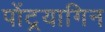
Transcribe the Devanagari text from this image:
पोंट्रयागिन